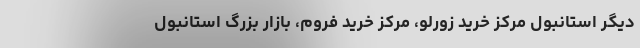
دیگر استانبول مرکز خرید زورلو، مرکز خرید فروم، بازار بزرگ استانبول